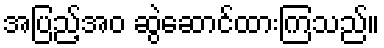
အပြည့်အဝ ဆွဲဆောင်ထားကြသည်။